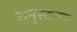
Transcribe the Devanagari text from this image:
अनुस्तरण